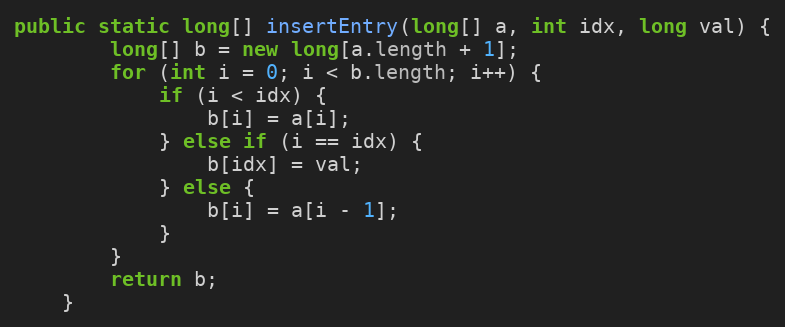
Language: Java
public static long[] insertEntry(long[] a, int idx, long val) {
        long[] b = new long[a.length + 1];
        for (int i = 0; i < b.length; i++) {
            if (i < idx) {
                b[i] = a[i];
            } else if (i == idx) {
                b[idx] = val;
            } else {
                b[i] = a[i - 1];
            }
        }
        return b;
    }